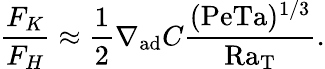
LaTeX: {\frac{F_{K}}{F_{H}}}\approx{\frac{1}{2}}\nabla_{\mathrm{ad}}C{\frac{(\mathrm{Pe}\mathrm{Ta})^{1/3}}{\mathrm{Ra_{T}}}}.